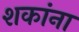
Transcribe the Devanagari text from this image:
शकांना